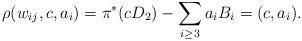
LaTeX: \begin{align*}\rho(w_{ij}, c, a_{i}) = \pi^{*}(cD_{2}) - \sum_{i \ge 3}a_{i}B_{i} = (c, a_{i}).\end{align*}